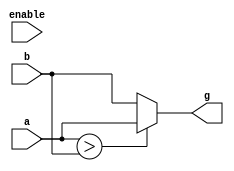
`timescale 1ns / 1ps
// function to find the greater of two signed numbers
module LargestOfTwo(g,enable,a,b);
	input enable;
	input signed [2:0] a, b;
	output reg [2:0] g;
	always @(enable)
		g = largest(a,b);
		
		function [2:0] largest;
			input [2:0] a,b;
				begin
					if(a>b)
						largest=a;
					else
						largest=b;
				end
		endfunction
endmodule